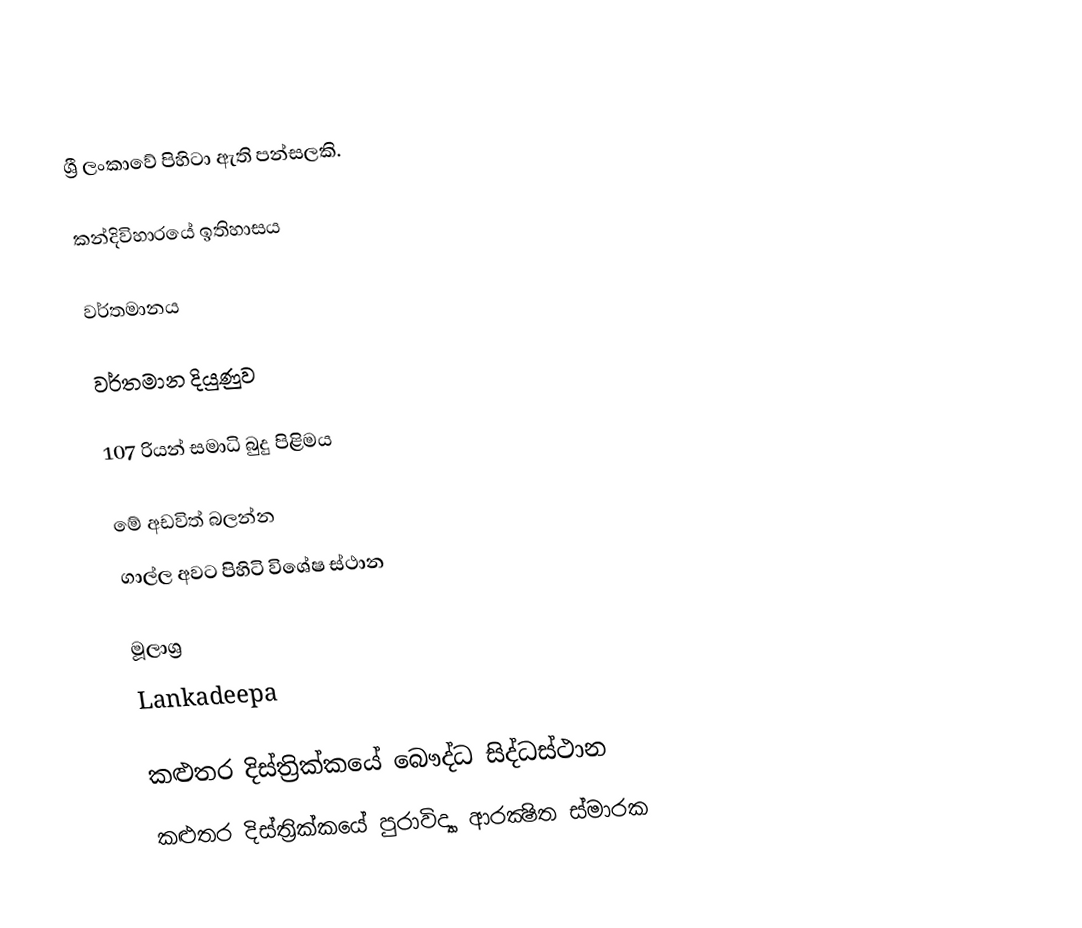
ශ්‍රී ලංකාවේ පිහිටා ඇති පන්සලකි.

කන්දිවිහාරයේ ඉතිහාසය

වර්තමානය

වර්තමාන දියුණුව

107 රියන් සමාධි බුදු පිළිමය

මේ අඩවිත් බලන්න
ගාල්ල අවට පිහිටි විශේෂ ස්ථාන

මූලාශ්‍ර
Lankadeepa

කළුතර දිස්ත්‍රික්කයේ බෞද්ධ සිද්ධස්ථාන‎
කළුතර දිස්ත්‍රික්කයේ පුරාවිද්‍යා ආරක්‍ෂිත ස්මාරක